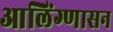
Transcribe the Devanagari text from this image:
आलिंग्णासन